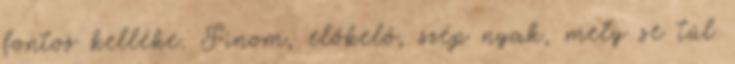
fontos kelléke. Finom, előkelő, szép nyak, mely se túl